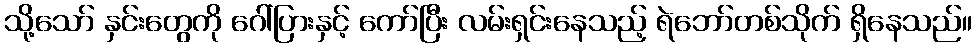
သို့သော် နှင်းတွေကို ဂေါ်ပြားနှင့် ကော်ပြီး လမ်းရှင်းနေသည့် ရဲဘော်တစ်သိုက် ရှိနေသည်။